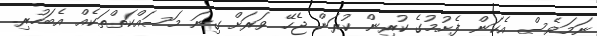
ނަމަވެސް އެކަން ފެށުމުގެ ކުރިން ކުރަން ޖެހޭ ވަރަށް ގިނަ މަސައްކަތްތަކެއް އެބަހުރި.